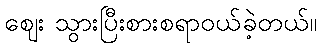
ဈေး သွားပြီးစားစရာဝယ်ခဲ့တယ်။